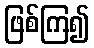
ဖြစ်ကြ၍